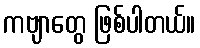
ကဗျာတွေ ဖြစ်ပါတယ်။